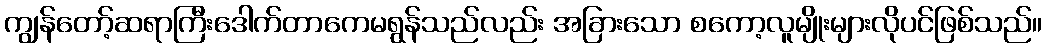
ကျွန်တော့်ဆရာကြီးဒေါက်တာကေမရွန်သည်လည်း အခြားသော စကော့လူမျိုးများလိုပင်ဖြစ်သည်။